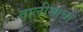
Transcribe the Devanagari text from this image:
तालीसाचा